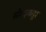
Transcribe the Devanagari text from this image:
स्रोतइकट्ठा